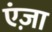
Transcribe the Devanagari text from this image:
एंज़ा